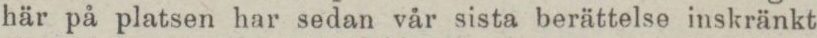
här på platsen har sedan vår sista berättelse inskränkt